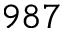
9 8 7